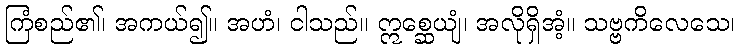
ကြံစည်၏၊ အကယ်၍။ အဟံ၊ ငါသည်။ ဣစ္ဆေယျံ၊ အလိုရှိအံ့။ သဗ္ဗကိလေသေ၊